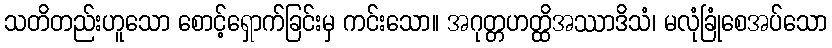
သတိတည်းဟူသော စောင့်ရှောက်ခြင်းမှ ကင်းသော။ အဂုတ္တဟတ္ထိအဿာဒိသံ၊ မလုံခြုံစေအပ်သော